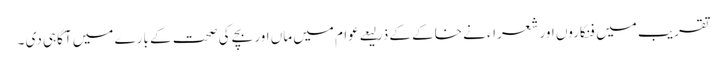
تقریب میں فنکاروں اور شعراء نے خاکے کے ذرلیعے عوام میں ماں اور بچے کی صحت کے بارے میں آگاہی دی ۔